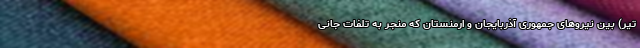
تیر) بین نیروهای جمهوری آذربایجان و ارمنستان که منجر به تلفات جانی